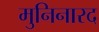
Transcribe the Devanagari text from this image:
मुनिनारद